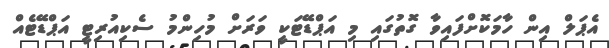
އެޕަލް އިން ހާމަކޮށްފައިވާ ގޮތުގައި މި އަޕްޑޭޓަކީ ވަރަށް މުހިންމު ސެކިއުރިޓީ އަޕްޑޭޓެއް